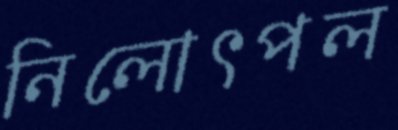
নিলোৎপল